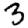
Digit: 3